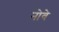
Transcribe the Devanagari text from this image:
नोवे